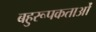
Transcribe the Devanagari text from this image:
बहुरूपकताओं